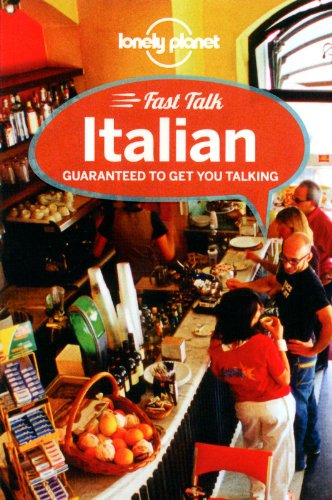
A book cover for Lonely Planet Fast Talk Italian (Phrasebook); Lonely Planet; Travel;